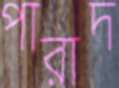
পারাদ